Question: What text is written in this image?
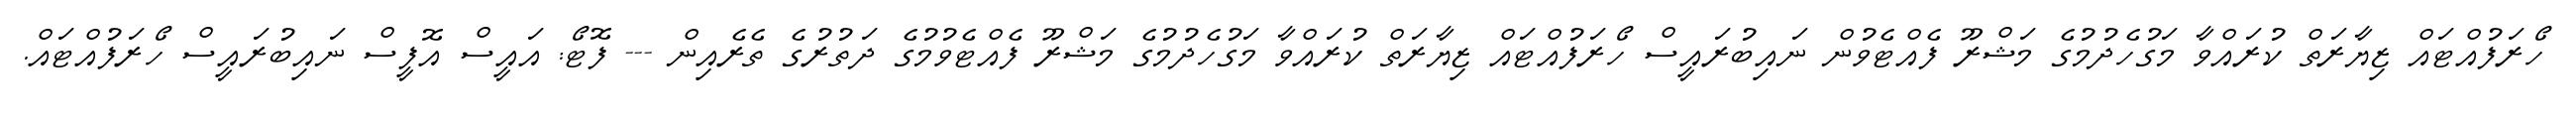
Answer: ހޯރަފުއްޓައް ޒިޔާރަތް ކުރައްވާ މަގުހެދުމުގެ މަޝްރޫ ފެއްޓެވުން ނައިބުރައީސް ހޯރަފުއްޓައް ޒިޔާރަތް ކުރައްވާ މަގުހެދުމުގެ މަޝްރޫ ފެއްޓެވުމުގެ ދަތުރުގެ ތެރެއިން --- ފޮޓޯ: އައީސް އޮފީސް ނައިބުރައީސް ހޯރަފުއްޓައް.